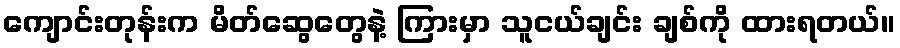
ကျောင်းတုန်းက မိတ်ဆွေတွေနဲ့ ကြားမှာ သူငယ်ချင်း ချစ်ကို ထားရတယ်။